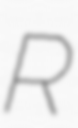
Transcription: R